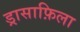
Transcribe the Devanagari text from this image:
ड्रासाफ़िला